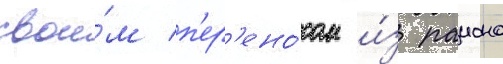
свои́м п'ер'ено́сом и́з раиона